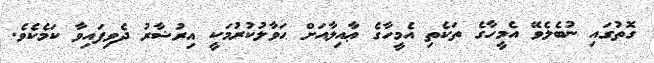
ގޮތުގައި ނުބެލެވޭ އެމީހާގެ ތަކެތި އެމީހާގެ ޢާއިލާއަށް ޙަވާލުކުރުމަކީ އިރުޝާރު ދެވިފައިވާ ކަމެކެވެ.